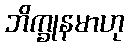
ဘိက္ခုနမာဟု